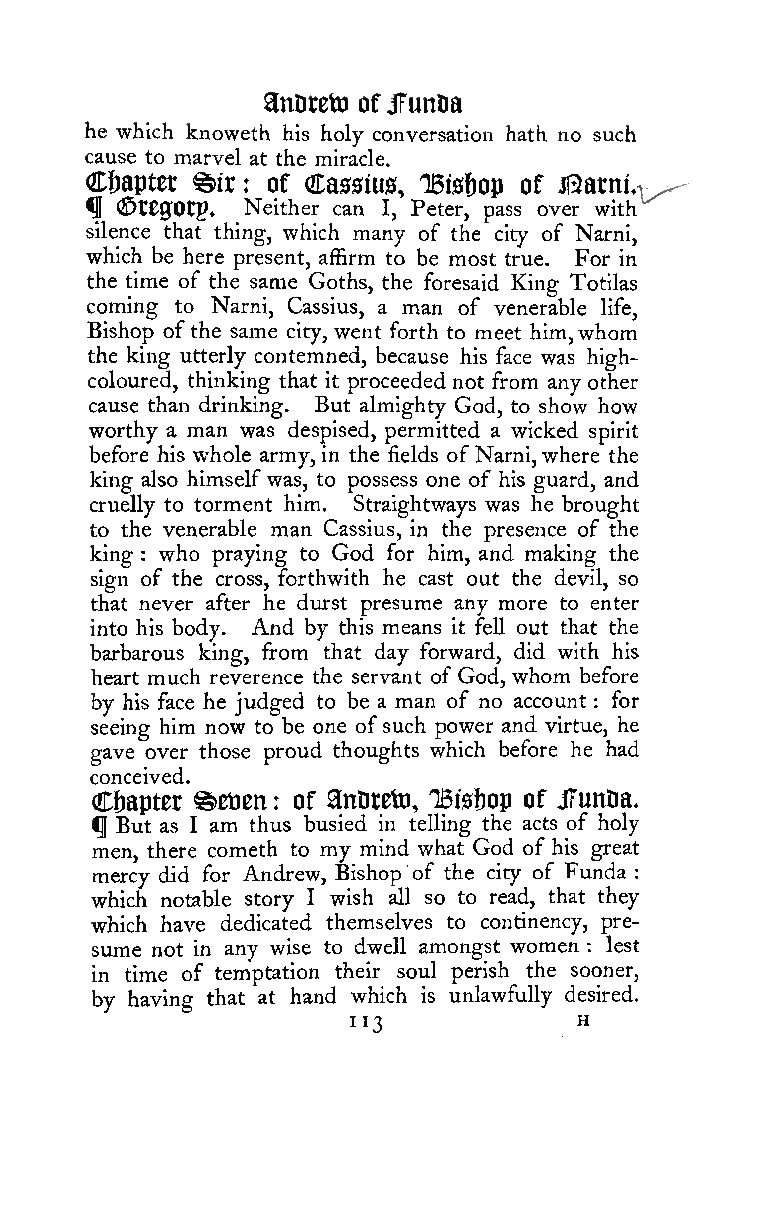
anorctD ofjFunDa
 he which knoweth his holy conversation hath no such
 cause to marvel at the miracle.
 Chapter %ix of Cassius, TBis&op of Butnu^^^^
 :
 ^ ©t00;Otp, Neither can I, Peter, pass over with
 silence that thing, which many of the city of Narni,
 which be here present, affirm to be most true. For in
 the time of the same Goths, the foresaid King Totilas
 coming to Narni, Cassius, a man of venerable life,
 Bishop ofthe same city, went forth to meet him,whom
 the king utterly contemned, because his face was high-
 coloured, thinking that it proceeded not from any other
 cause than drinking. But almighty God, to show how
 worthy a man was despised, permitted a wicked spirit
 before his whole army, in the fields of Narni,where the
 king also himselfwas, to possess one of his guard, and
 cruelly to torment him. Straightways was he brought
 to the venerable man Cassius, in the presence of the
 king who praying to God for him, and making the
 :
 sign of the cross, forthwith he cast out the devil, so
 that never after he durst presume any more to enter
 into his body. And by this means it fell out that the
 barbarous king, from that day forward, did with his
 heart much reverence the servant of God, whom before
 by his face he judged to be a man of no account for
 :
 seeing him now to be one ofsuch power and virtue, he
 gave over those proud thoughts which before he had
 conceived.
 C&apter ^etJen of anDretn, 1Bisf)op of JfunDa.
 :
 ^ But as I am thus busied in telling the acts of holy
 men, there cometh to my mind what God of his great
 mercy did for Andrew, Bishop of the city of Funda :
 which notable story I wish all so to read, that they
 which have dedicated themselves to continency, pre-
 sume not in any wise to dwell amongst women : lest
 in time of temptation their soul perish the sooner,
 by having that at hand which is unlawfully desired.
 113            H